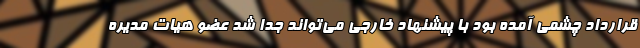
قرارداد چشمی آمده بود با پیشنهاد خارجی می‌تواند جدا شد عضو هیات مدیره